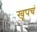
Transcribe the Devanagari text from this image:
खूपचं